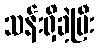
သန်းရှိခဲ့ပြီး